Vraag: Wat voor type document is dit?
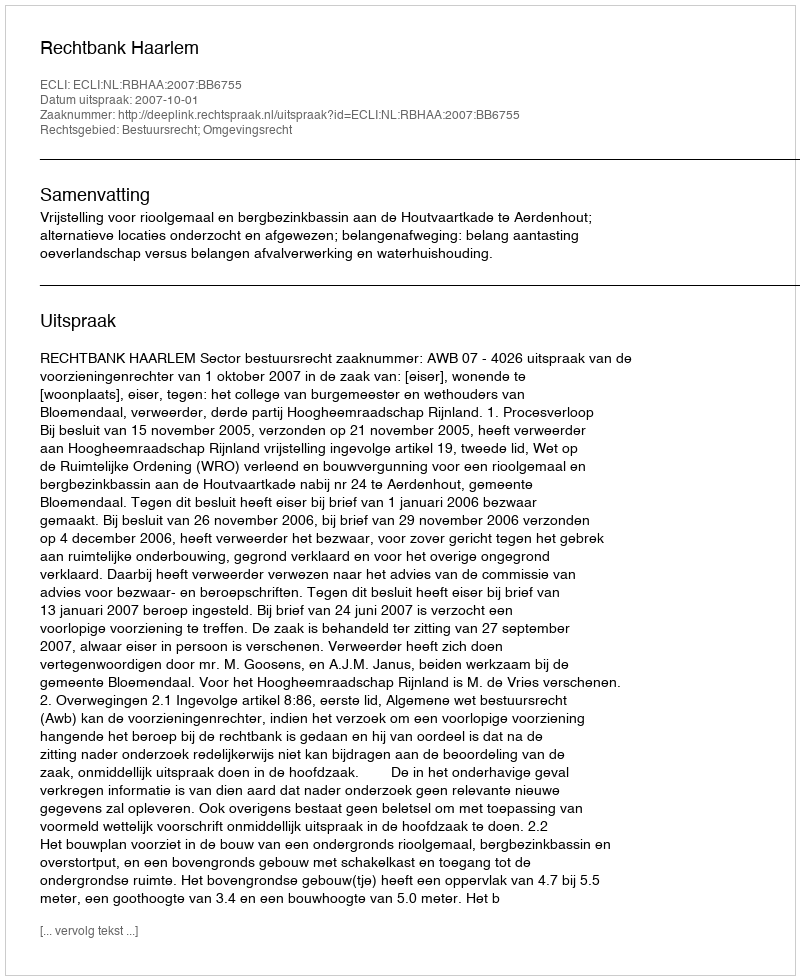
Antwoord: Uitspraak